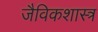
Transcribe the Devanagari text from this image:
जैविकशास्त्र